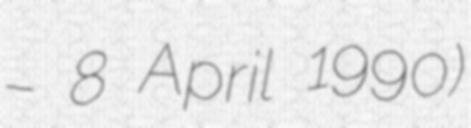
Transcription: – 8 April 1990)